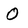
Character: O